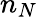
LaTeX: n_{N}